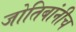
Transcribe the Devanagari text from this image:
जोतिबांनीच